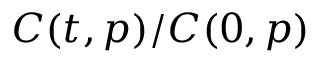
C ( t , p ) / C ( 0 , p )